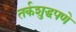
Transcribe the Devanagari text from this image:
तर्कशुद्धपणे